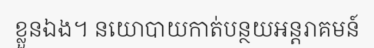
ខ្លួនឯង។ នយោបាយកាត់បន្ថយអន្តរាគមន៍